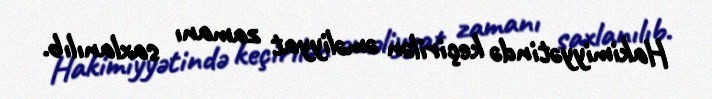
Hakimiyyətində keçirilən əməliyyat zamanı saxlanılıb.